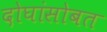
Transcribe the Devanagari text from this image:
दोघांसोबत